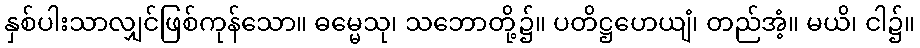
နှစ်ပါးသာလျှင်ဖြစ်ကုန်သော။ ဓမ္မေသု၊ သဘောတို့၌။ ပတိဋ္ဌဟေယျံ၊ တည်အံ့။ မယိ၊ ငါ၌။